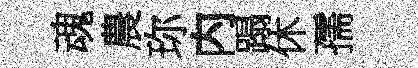
魂農珎内蹋休孺